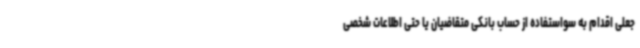
جعلی اقدام به سواستفاده از حساب بانکی متقاضیان یا حتی اطلاعات شخصی